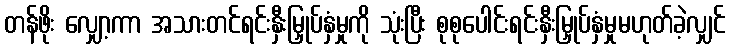
တန်ဖိုး လျှော့ကာ အသားတင်ရင်းနှီးမြှုပ်နှံမှုကို သုံးပြီး စုစုပေါင်းရင်းနှီးမြှုပ်နှံမှုမဟုတ်ခဲ့လျှင်